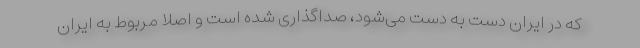
که در ایران دست به دست می‌شود، صداگذاری شده است و اصلا مربوط به ایران